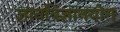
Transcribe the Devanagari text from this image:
ज्ञानविज्ञानयोग